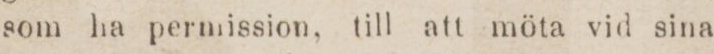
som ha permission, till all möta vid sina